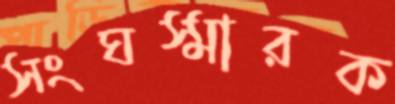
সংঘস্মারক